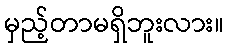
မှည့်တာမရှိဘူးလား။